Report on sanitation, dispensaries, and jails in Rajputana for 1920, and on vaccination for the year 1920-1921 - 1920-1921
Year: 1920
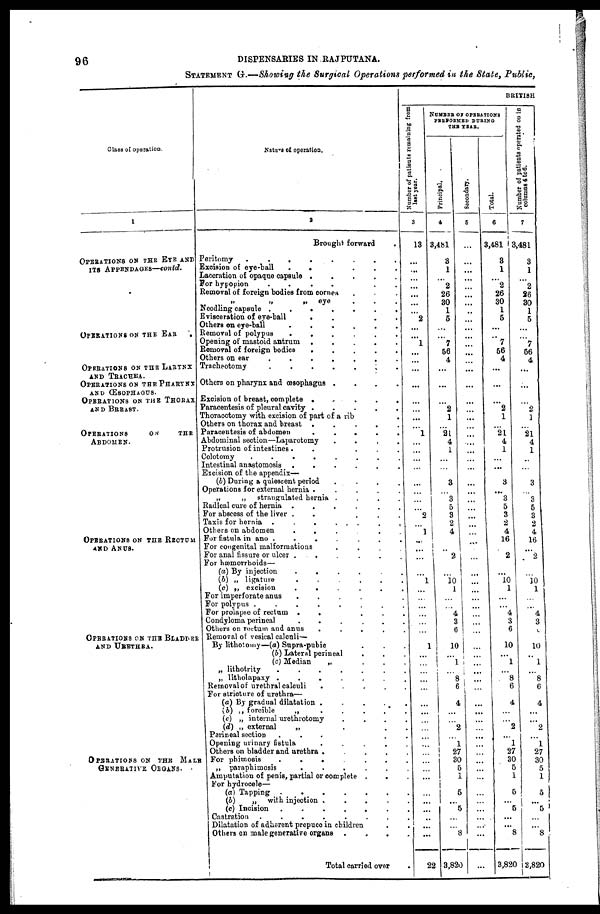
96
DISPENSARIES IN RAJPUTANA.
STATEMENT G.—Showing the Surgical Operations performed in the State, Public,
Class of operation.
1
OPERATIONS ON THE EYE AND
ITS APPENDAGES—contd.
OPERATIONS ON THE EAR
.
OPERATIONS ON THE LARYNX
AND TRACHEA.
OPERATIONS ON THE PHARYNX
AND ŒSOPHAGUS.
OPERATIONS ON THE THORAX
AND BREAST.
OPERATIONS
ON
THE
ABDOMEN.
OPERATIONS ON THE RECTUM
AND ANUS.
OPERATIONS ON THE BLADDER
AND URETHRA.
OPERATIONS ON THE MALE
GENERATIVE
ORGANS..
Nature of operation.
2
Brought forward
.
Peritomy
........
Excision of eye-ball
......
Laceration of opaque capsule .....
For hypopion
......
Removal of foreign bodies from cornea ......
„
„
„ eye ......
Needling capsule
.......
Evisceration of eye-ball
......
Others on eye-ball
.....
Removal of polypus
......
Opening of mastoid antrum
.
.
.
.
.
Removal of foreign bodies
.
.
.
.
.
Others on ear
.......
Tracheotomy
.......
Others on pharynx and œsophagus
.
.
.
.
Excision of breast, complete
......
Paracentesis of pleural cavity .
.
.
.
.
Thoracotomy with excision of part of a rib
Others on thorax and breast
.
.
.
.
.
Paracentesis of abdomen
.
.
.
.
.
Abdominal section—Laparotomy
.
.
.
.
Protrusion of intestines
.......
Colotomy
........
Intestinal anastomosis
......
Excision of the appendix—
(b) During a quiescent period
......
Operations for external hernia .
.
.
.
.
„
„ strangulated hernia
.
.
.
.
Radical cure of hernia
.
.
.
.
.
For abscess of the liver
.
.
.
.
Taxis for hernia
.
.
.
.
.
Others on abdomen
.
.
.
.
.
For fistula in ano
.......
For congenital malformations
.
.
.
.
For anal fissure or ulcer
......
For hæmorrhoids—
(a) By injection
......
(b) „ ligature
(c) „ excision
......
For imperforate anus
.
.
.
.
For polypus
........
For prolapse of rectum
......
Condyloma perineal
......
Others on rectum and anus
.
.
.
.
.
Removal of vesical calculi—
By lithotomy—(a) Supra-pubic ...
(b) Lateral perineal ......
(c) Median
„
.
.
.
„ lithotrity
.......
„ litholapaxy
.......
Removal of urethral calculi
.
.
.
.
.
For stricture of urethra—
(a) By gradual dilatation
......
(b) „ forcible
„
......
(c) „ internal urethrotomy
.
.
.
.
(d) „ external
„
....
Perineal section
.
.
.
.
Opening urinary
fistula
.
.
.
.
.
Others on bladder and urethra .
.
.
.
.
For phimosis
.......
„ paraphimosis
......
Amputation of penis, partial or complete
....
For hydrocele—
(a) Tapping
......
(b)
„ with injection
......
(c) Incision
.......
Castration
........
Dilatation of adherent prepuce in children ..
Others on male generative organs ....
Total
carried over .
BRITISH
Number of patients remaining from
last year.
3
13
...
...
...
...
...
...
...
2
...
...
l
...
...
...
...
...
...
...
1
...
...
...
...
...
...
...
...
2
...
1
...
...
...
...
1
...
...
...
...
...
...
1
...
...
...
...
...
...
...
...
...
...
...
...
...
...
...
...
...
...
...
...
...
22
NUMBER OF OPERATIONS
PERFERMED DURING
THE YEAR.
Principal.
4
3,481
3
1
...
2
26
30
1
5
...
...
7
56
4
...
...
...
2
1
21
4
1
...
...
3
...
3
5
3
2
4
...
...
2
...
10 1
...
...
4
3
6
10
1
1
...
8
6
4
...
...
2
...
1
27
30
5
1
5
...
5
...
...
3
3,820
Secondary.
5
...
...
...
...
...
...
...
...
...
...
...
...
...
...
...
...
...
...
...
...
...
...
...
...
...
...
...
...
...
...
...
...
...
...
...
...
...
...
...
...
...
...
...
...
...
...
...
...
...
...
...
...
...
...
...
...
...
...
...
...
...
...
...
...
...
Total.
6
3,481
3
1
...
2
26
30
1
5
...
...
7
56
4
...
...
...
2
1
21
4
1
...
...
3
...
3
5
3
2
4
16
...
2
...
10
1
...
...
4
3
6
10
...
1
...
8
6
4
...
...
2
...
1
27
30
5
1
5
...
5
...
...
8
3,820
Number of patients operated on in
columns 4 to 6.
7
3,481
3
1
...
2
26
30
1
5
...
...
7
56
4
...
...
...
2
1
21
4
1
..
...
3
...
3
5
3
2
4
16
...
2
...
10 1
...
...
4
3
0
10
...
1
...
8
6
4
...
...
2
...
1
27
30
5
1
5
...
5
...
...
8
3,820